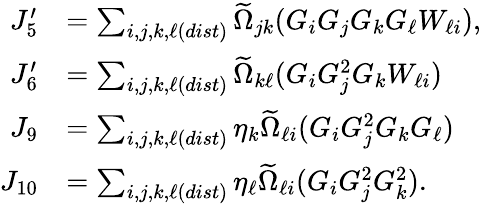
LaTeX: \begin{array}{rl}{J_{5}^{\prime}}&{=\sum_{i,j,k,\ell(dist)}\widetilde{\Omega}_{jk}(G_{i}G_{j}G_{k}G_{\ell}W_{\ell i}),}\\ {J_{6}^{\prime}}&{=\sum_{i,j,k,\ell(dist)}\widetilde{\Omega}_{k\ell}(G_{i}G_{j}^{2}G_{k}W_{\ell i})}\\ {J_{9}}&{=\sum_{i,j,k,\ell(dist)}\eta_{k}\widetilde{\Omega}_{\ell i}(G_{i}G_{j}^{2}G_{k}G_{\ell})}\\ {J_{10}}&{=\sum_{i,j,k,\ell(dist)}\eta_{\ell}\widetilde{\Omega}_{\ell i}(G_{i}G_{j}^{2}G_{k}^{2}).}\end{array}